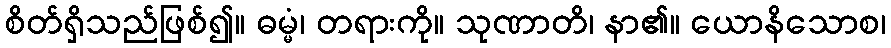
စိတ်ရှိသည်ဖြစ်၍။ ဓမ္မံ၊ တရားကို။ သုဏာတိ၊ နာ၏။ ယောနိသောစ၊